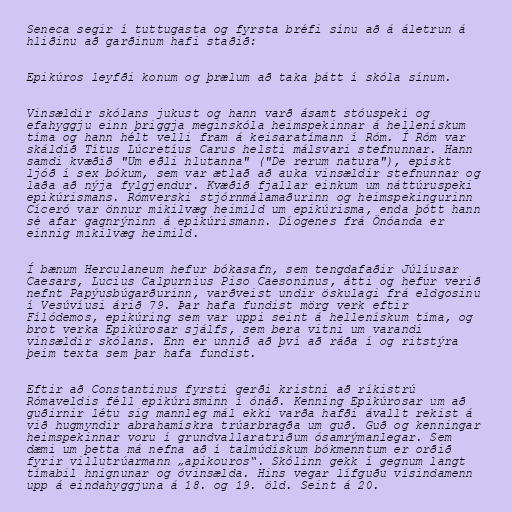
Seneca segir í tuttugasta og fyrsta bréfi sínu að á áletrun á
hliðinu að garðinum hafi staðið:

Epikúros leyfði konum og þrælum að taka þátt í skóla sínum.

Vinsældir skólans jukust og hann varð ásamt stóuspeki og
efahyggju einn þriggja meginskóla heimspekinnar á hellenískum
tíma og hann hélt velli fram á keisaratímann í Róm. Í Róm var
skáldið Títus Lúcretíus Carus helsti málsvari stefnunnar. Hann
samdi kvæðið "Um eðli hlutanna" ("De rerum natura"), epískt
ljóð í sex bókum, sem var ætlað að auka vinsældir stefnunnar og
laða að nýja fylgjendur. Kvæðið fjallar einkum um náttúruspeki
epikúrismans. Rómverski stjórnmálamaðurinn og heimspekingurinn
Cíceró var önnur mikilvæg heimild um epikúrisma, enda þótt hann
sé afar gagnrýninn á epikúrismann. Díogenes frá Önóanda er
einnig mikilvæg heimild.

Í bænum Herculaneum hefur bókasafn, sem tengdafaðir Júlíusar
Caesars, Lucius Calpurnius Piso Caesoninus, átti og hefur verið
nefnt Papýusbúgarðurinn, varðveist undir öskulagi frá eldgosinu
í Vesúvíusi árið 79. Þar hafa fundist mörg verk eftir
Fílódemos, epikúring sem var uppi seint á hellenískum tíma, og
brot verka Epikúrosar sjálfs, sem bera vitni um varandi
vinsældir skólans. Enn er unnið að því að ráða í og ritstýra
þeim texta sem þar hafa fundist.

Eftir að Constantinus fyrsti gerði kristni að ríkistrú
Rómaveldis féll epikúrisminn í ónáð. Kenning Epikúrosar um að
guðirnir létu sig mannleg mál ekki varða hafði ávallt rekist á
við hugmyndir abrahamískra trúarbragða um guð. Guð og kenningar
heimspekinnar voru í grundvallaratriðum ósamrýmanlegar. Sem
dæmi um þetta má nefna að í talmúdískum bókmenntum er orðið
fyrir villutrúarmann „apikouros“. Skólinn gekk í gegnum langt
tímabil hnignunar og óvinsælda. Hins vegar lífguðu vísindamenn
upp á eindahyggjuna á 18. og 19. öld. Seint á 20.